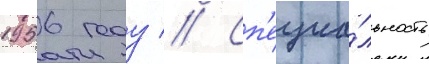
1956 году // Сп'ециа́льность